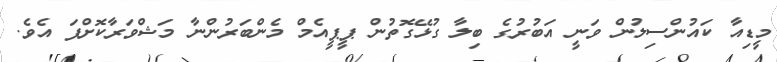
މީޑިއާ ކައުންސިލުން ވަނީ އަބުރުގެ ބިލާ ގުޅޭގޮތުން ޕީޕީއެމް މެންބަރުންނާ މަޝްވަރާކޮށްފަ އެވެ.